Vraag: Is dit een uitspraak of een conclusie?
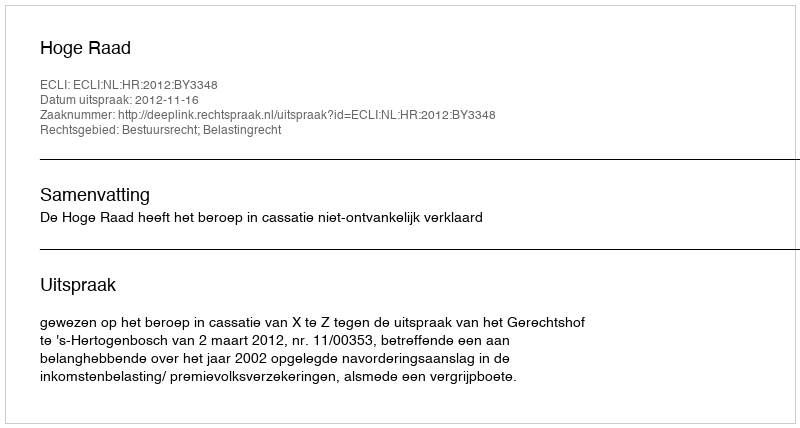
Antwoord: Uitspraak